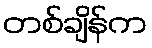
တစ်ချိန်က